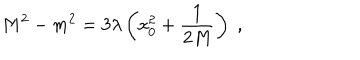
LaTeX: M ^ { 2 } - m ^ { 2 } = 3 \lambda \left( \mathrm { x } _ { 0 } ^ { 2 } + \frac { 1 } { 2 M } \right) \; ,